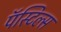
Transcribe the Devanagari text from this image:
पॅस्टिल्स